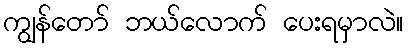
ကျွန်တော် ဘယ်လောက် ပေးရမှာလဲ။